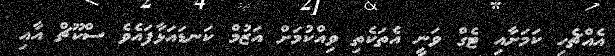
އެއްޗެހި ކަމަށާއި ޓެގް ވަނީ އެތަކެތި ވިއްކުމަށް އަޒުމް ކަނޑައަޅާފައެވެ ސްކޫޗް އާއި